Civil Veterinary Department. United Provinces 1923-31 - 1923-1931
Year: 1923
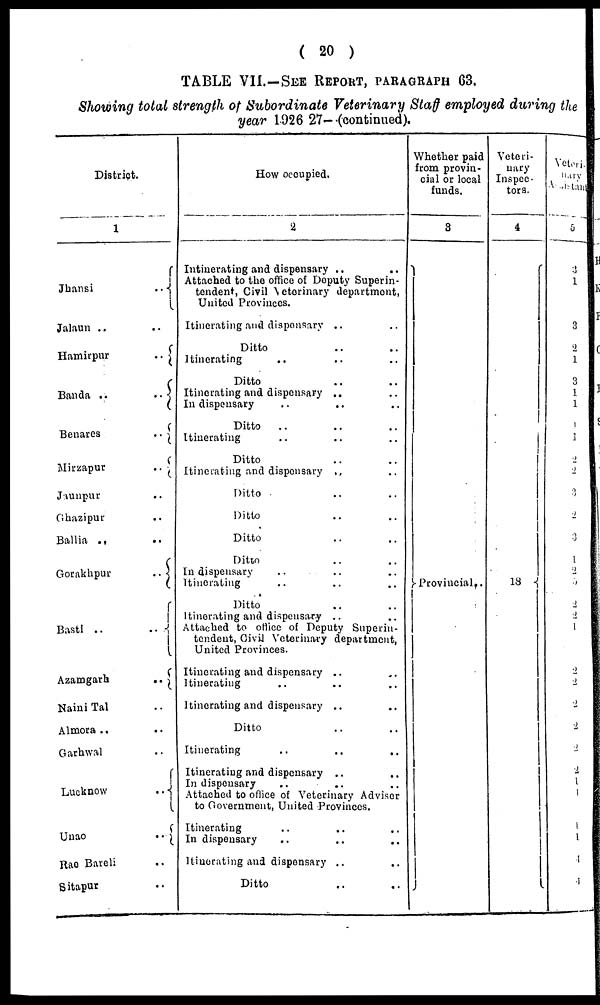
( 20 )
TABLE VII.—SEE RBPORT, PARAGRAPH 63.
Showing total strength of Subordinate Veterinary Staff employed during the
year 1926 27— (continued).
District.
1
Jhansi
..
Jalaun .. ..
Hamirpur
..
Banda
..
..
Benares
..
Mirzapur
..
Jaunpur ..
Ghazipur ..
Ballia
..
..
Gorakhpur
..
Basti ..
..
Azamgarh
..
Naini Tal ..
Almora .. ..
Garhwal ..
Lucknow
..
Unao
..
Rae Bareli ..
Sitapur ..
How ocoupied.
2
Intinerating and dispensary ..
..
Attached to tbe office of Deputy Superin-
tendent, Civil Vetrinary department,
United Provinces.
Itinerating and dispensary .. ..
Ditto .. ..
Itinerating .. .. ..
Ditto .. ..
Itinerating and dispensary .. ..
In dispensary
..
.. ..
Ditto
.. .. ..
Itinerating .. .. ..
Ditto .. ..
Itinerating and dispensary .. ..
Ditto .. ..
Ditto .. ..
Ditto .. ..
Ditto .. ..
In dispensary .. .. ..
Itinerating .. .. ..
Ditto .. ..
Itinerating and dispensary .. ..
Attached to office of Deputy Superin-
tendent, Civil Veterinary department,
United Provinces.
Itinerating and dispensary .. ..
Itinerating .. .. .. ..
Itinerating and dispensary .. ..
Ditto.. ..
Itinerating
..
..
..
Itinerating and dispensary .. ..
In dispensary .. .. ..
Attached to office of Veterinary Advisor
to Government, United Provinces.
Itinerating .. .. ..
In dispensary .. .. ..
Itinerating and dispensary .. ..
Ditto .. ..
Whether paid
from provin-
cial or local
funds.
3
Proviucial ..
Veteri-
nary
Inspec-
tors.
4
13
|
Yeteri-
nary
Assistant
5
3
1
3
2
1
3
1
1
1
1
2
2
3
2
3
1
2
2
2
2
1
2
2
2
2
2
2
1
1
1
1
1
1